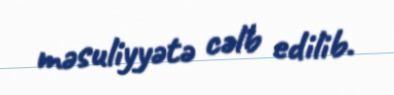
məsuliyyətə cəlb edilib.